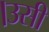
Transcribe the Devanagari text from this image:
।उसी